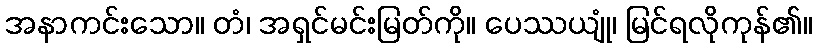
အနာကင်းသော။ တံ၊ အရှင်မင်းမြတ်ကို။ ပေဿယျုံ၊ မြင်ရလိုကုန်၏။